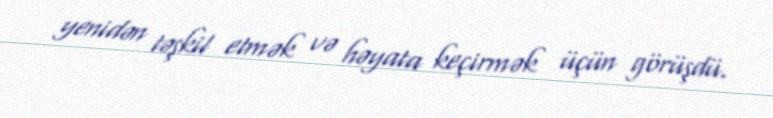
yenidən təşkil etmək və həyata keçirmək üçün görüşdü.